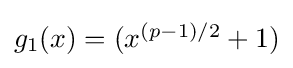
{\textstyle g_{1}(x)=(x^{(p-1)/2}+1)}